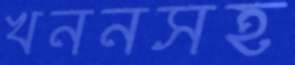
খননসহ